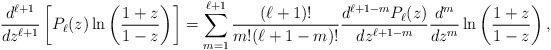
LaTeX: \begin{align*} \frac{d^{\ell+1}}{dz^{\ell+1}}\left[P_\ell(z) \ln\left(\frac{1+z}{1-z}\right)\right] = \sum_{m=1}^{\ell+1} \frac{(\ell+1)!}{m! (\ell+1-m)!} \frac{d^{\ell+1-m}P_{\ell}(z)}{dz^{\ell+1-m}} \frac{d^m}{dz^m}\ln\left(\frac{1+z}{1-z}\right),\end{align*}